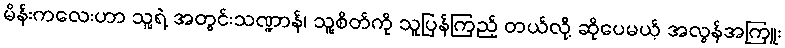
မိန်းကလေးဟာ သူ့ရဲ့ အတွင်းသဏ္ဍာန်၊ သူ့စိတ်ကို သူပြန်ကြည့် တယ်လို့ ဆိုပေမယ့် အလွန်အကြူး